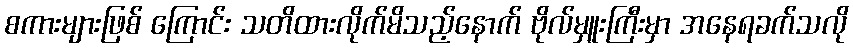
စကားများဖြစ် ကြောင်း သတိထားလိုက်မိသည့်နောက် ဗိုလ်မှူးကြီးမှာ အနေရခက်သလို